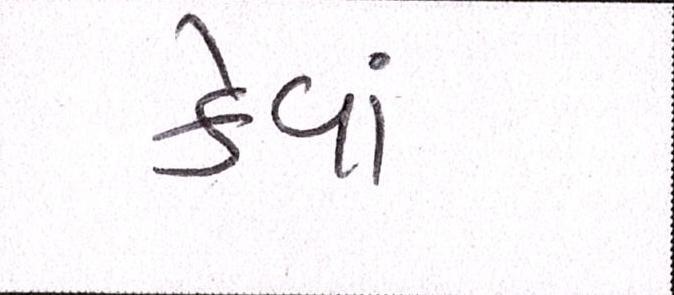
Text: કેવાં